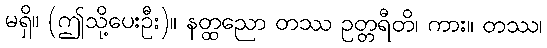
မရှိ။ (ဤသို့ပေးဦး)။ နတ္ထညော တဿ ဥတ္တရီတိ၊ ကား။ တဿ၊